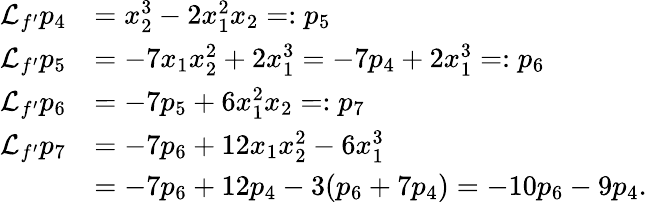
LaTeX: \begin{array}{rl}{{\mathcal{L}}_{f^{\prime}}p_{4}}&{=x_{2}^{3}-2x_{1}^{2}x_{2}=:p_{5}}\\ {{\mathcal{L}}_{f^{\prime}}p_{5}}&{=-7x_{1}x_{2}^{2}+2x_{1}^{3}=-7p_{4}+2x_{1}^{3}=:p_{6}}\\ {{\mathcal{L}}_{f^{\prime}}p_{6}}&{=-7p_{5}+6x_{1}^{2}x_{2}=:p_{7}}\\ {{\mathcal{L}}_{f^{\prime}}p_{7}}&{=-7p_{6}+12x_{1}x_{2}^{2}-6x_{1}^{3}}\\ &{=-7p_{6}+12p_{4}-3(p_{6}+7p_{4})=-10p_{6}-9p_{4}.}\end{array}